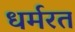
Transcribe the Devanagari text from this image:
धर्मरत